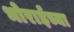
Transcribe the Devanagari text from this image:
भोराईच्या